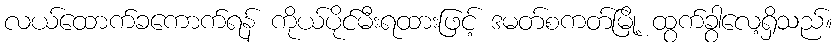
လယ်ထောက်ခကောက်ရန် ကိုယ်ပိုင်မီးရထားဖြင့် ဒမတ်စကတ်မြို့ ထွက်ခွာလေ့ရှိသည်။